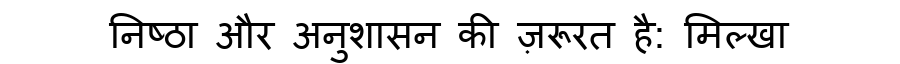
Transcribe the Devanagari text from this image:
निष्ठा और अनुशासन की ज़रूरत है: मिल्खा